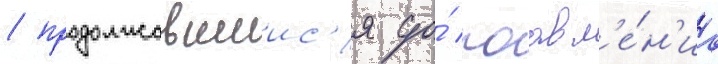
/ продолжавшиис'я до́ поавл'е́н'иа